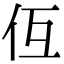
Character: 仾